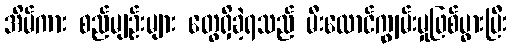
အိမ်ကား စည်မျဉ်းများ တွေရှိခဲ့ရသည် မီးလောင်ကျွမ်းမှုဖြစ်ပွားပြီး